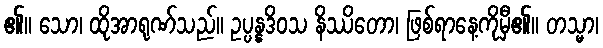
၏။ သော၊ ထိုအာရုဏ်သည်။ ဥပ္ပန္နဒိဝသ နိဿိတော၊ ဖြစ်ရာနေ့ကိုမှီ၏။ တသ္မာ၊